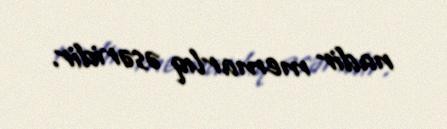
nadir memarlıq əsəridir.